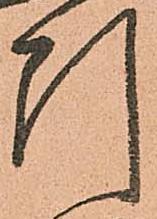
引